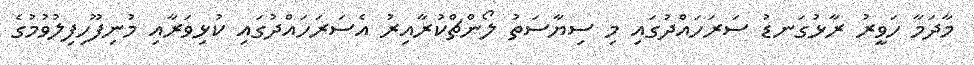
މާދަމާ ހަވީރު ރާޅުގަނޑު ސަރަހައްދުގައި މި ސިޔާސަތު ލޯންޗްކުރާއިރު އެސަރަހައްދުގައި ކުޅިވަރާއި މުނިފޫހިފިލުވުމުގެ